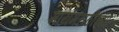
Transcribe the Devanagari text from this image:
मायमराठीच्या